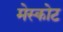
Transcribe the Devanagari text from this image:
मेस्कोट